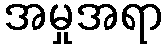
အမှုအရာ